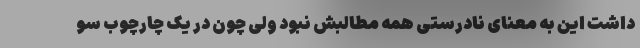
داشت این به معنای نادرستی همه مطالبش نبود ولی چون در یک چارچوب سو